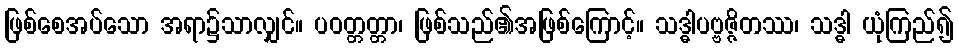
ဖြစ်စေအပ်သော အရာ၌သာလျှင်။ ပဝတ္တတ္တာ၊ ဖြစ်သည်၏အဖြစ်ကြောင့်။ သဒ္ဓါပဗ္ဗဇ္ဇိတဿ၊ သဒ္ဓါ ယုံကြည်၍